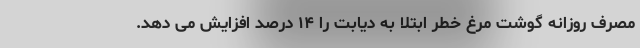
مصرف روزانه گوشت مرغ خطر ابتلا به دیابت را ۱۴ درصد افزایش می دهد.